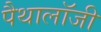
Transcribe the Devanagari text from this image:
पैथालॉजी